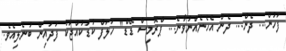
ފަހުން... ދެން... ދެން އެހެނެއްނުވާނެ... ޕްރޮމިސް ޑޭޑް" ހަލަފް ކުޑަކުއްޖަކު ފަދައިން ބުނެލިއެވެ.